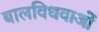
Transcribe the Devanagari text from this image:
बालविधवाओं